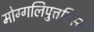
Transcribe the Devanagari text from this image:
मोग्गलिपुत्ततिस्स